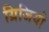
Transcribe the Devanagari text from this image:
ग्रिजियो